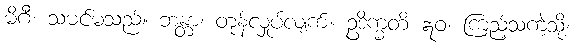
မိဂီ၊ သမင်မသည်။ ဘန္တာ၊ တုန်လှုပ်လျက်။ ဥဒိက္ခတိ ဣဝ၊ ကြည့်သကဲ့သို့။